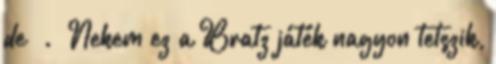
de . Nekem ez a Bratz játék nagyon tetszik,